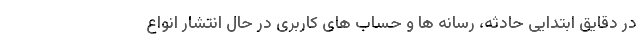
در دقایق ابتدایی حادثه، رسانه ها و حساب های کاربری در حال انتشار انواع